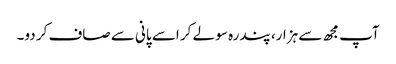
آپ مجھ سے ہزار، پندرہ سو لے کر اسے پانی سے صاف کر دو۔